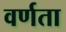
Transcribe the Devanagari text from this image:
वर्णता